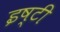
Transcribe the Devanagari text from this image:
इष्टी